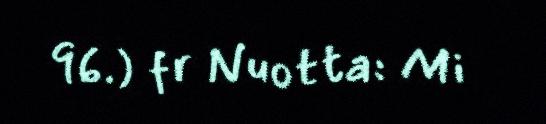
96.) fr Nuotta: Mi